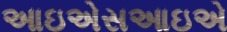
આઇએસઆઇએ